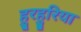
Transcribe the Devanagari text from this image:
हुरहुरिया